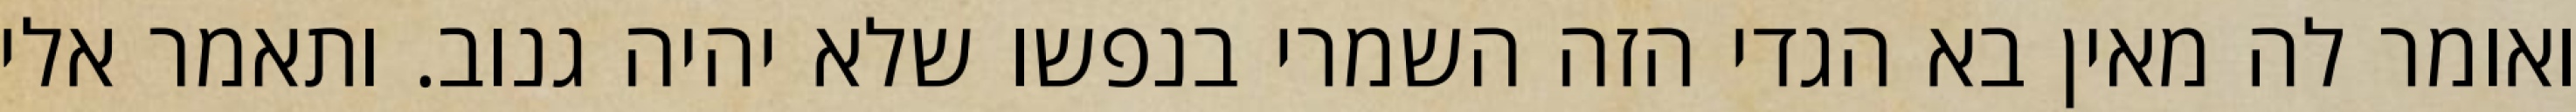
ואומר לה מאין בא הגדי הזה השמרי בנפשו שלא יהיה גנוב. ותאמר אלי